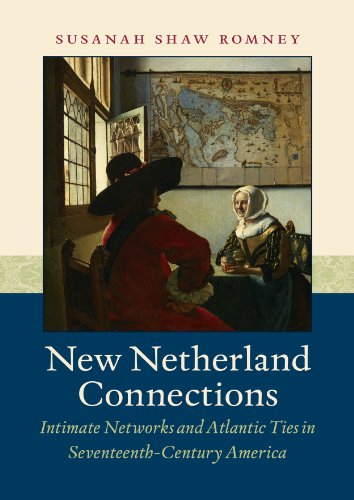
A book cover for New Netherland Connections: Intimate Networks and Atlantic Ties in Seventeenth-Century America (Published for the Omohundro Institute of Early American History and Culture, Williamsburg, Virginia); Susanah Shaw Romney; History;